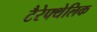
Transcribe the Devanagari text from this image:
टैरेफ्थेलिक